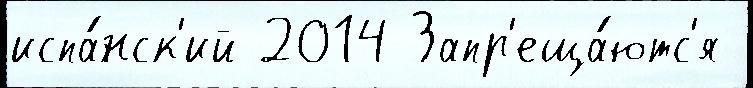
испа́нск'ий 2014 Запр'еща́ютс'я